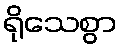
ရိုသေစွာ